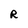
Character: R